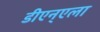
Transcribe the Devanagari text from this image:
डीएन्एला